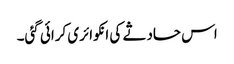
اس حادثے کی انکوائری کرائی گئی۔